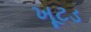
ખૂટડ